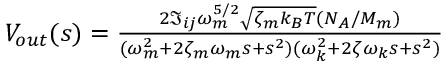
\begin{array} { r } { V _ { o u t } ( s ) = \frac { 2 \Im _ { i j } \omega _ { m } ^ { 5 / 2 } \sqrt { \zeta _ { m } k _ { B } T } ( N _ { A } / M _ { m } ) } { ( \omega _ { m } ^ { 2 } + 2 \zeta _ { m } \omega _ { m } s + s ^ { 2 } ) ( \omega _ { k } ^ { 2 } + 2 \zeta \omega _ { k } s + s ^ { 2 } ) } } \end{array}